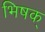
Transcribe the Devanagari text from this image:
भिषक्